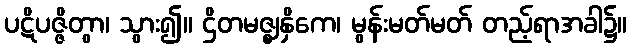
ပဋိပဇ္ဇိတွာ၊ သွား၍။ ဌိတမဇ္ဈနှိကေ၊ မွန်းမတ်မတ် တည့်ရာအခါ၌။